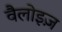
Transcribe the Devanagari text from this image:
वैलोइज़